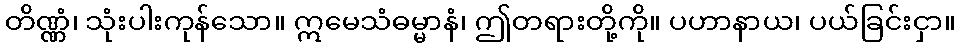
တိဏ္ဏံ၊ သုံးပါးကုန်သော။ ဣမေသံဓမ္မာနံ၊ ဤတရားတို့ကို။ ပဟာနာယ၊ ပယ်ခြင်းငှာ။